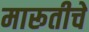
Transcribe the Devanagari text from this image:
मारूतीचे